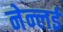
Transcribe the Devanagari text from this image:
नेन्लई